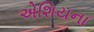
એશિયના